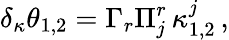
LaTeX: \delta_{\kappa}\theta_{1,2}=\Gamma_{r}\Pi_{j}^{r}\, \kappa_{1,2}^{j}\, ,